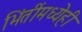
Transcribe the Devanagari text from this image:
भिंतींमध्येही